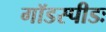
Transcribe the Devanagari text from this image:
गॉडस्पीडः